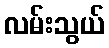
လမ်းသွယ်